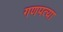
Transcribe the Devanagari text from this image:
गणपत्या